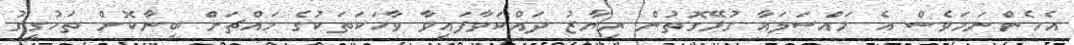
އެހެންނަމަވެސް އެ މައްސަލައާ ގުޅޭގޮތުން ރިޔާޒު ދައްކަވާފައިވާ ވާހަކަތަކުގެ މައްޗަށް ބިނާކޮށް ތަހުގީގު